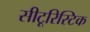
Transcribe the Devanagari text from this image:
सीटूरिस्टिक